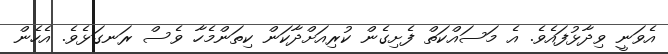
އެވަނީ ވިދާޅުފައެވެ. އެ މަސައްކަތް ފެށިގެން ކުރިއަށްދާކަން ކިތަންމެހާ ވެސް ރަނގަޅެވެ. އެހެން